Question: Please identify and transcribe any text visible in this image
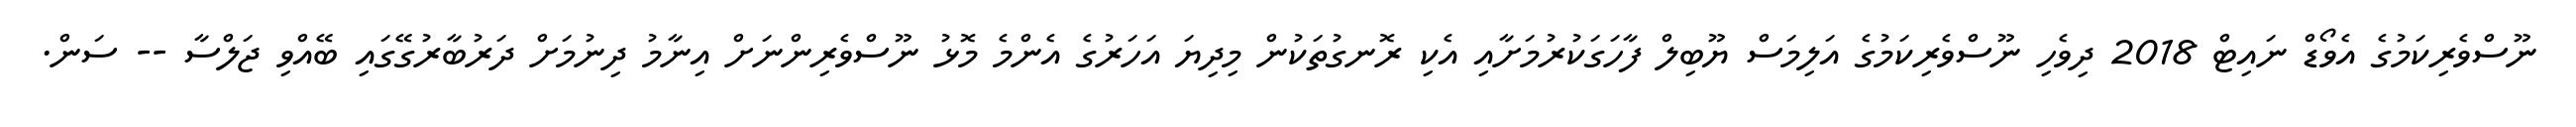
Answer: ނޫސްވެރިކަމުގެ އެވޯޑް ނައިޓް 2018 ދިވެހި ނޫސްވެރިކަމުގެ އަލިމަސް ޔޫބިލް ފާހަގަކުރުމަށާއި އެކި ރޮނގުތަކުން މިދިޔަ އަހަރުގެ އެންމެ މޮޅު ނޫސްވެރިންނަށް އިނާމު ދިނުމަށް ދަރުބާރުގޭގައި ބޭއްވި ޖަލްސާ -- ސަން.